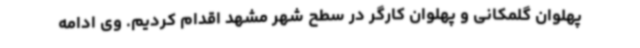
پهلوان گلمکانی و پهلوان کارگر در سطح شهر مشهد اقدام کردیم. وی ادامه